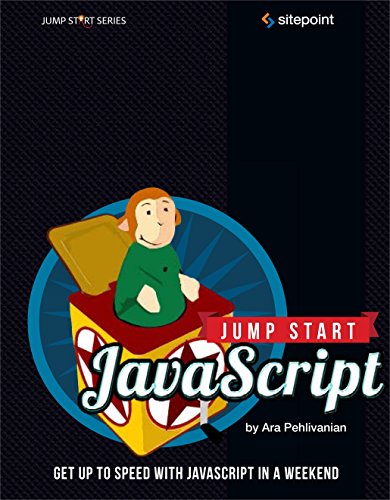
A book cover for Jump Start JavaScript; Ara Pehlivanian; Computers & Technology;